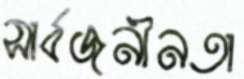
সার্বজনীনতা